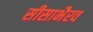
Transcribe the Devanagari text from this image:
सीसाभैरव